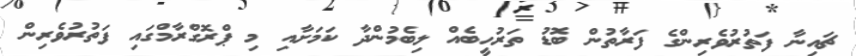
ޗައިނާ ފަތުރުވެރިންގެ ފަރާތުން ބޮޑު ތަރުހީބެއް ލިބެމުންދާ ކަމަށާއި މި ޕްރޮގްރާމްގައި ފަތުރުވެރިން